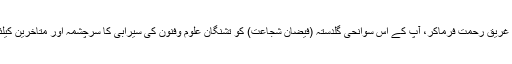
اور حافظ جی رح کو غریق رحمت فرماکر، آپ کے اس سوانحی گلدستہ (فیضانِ شُجاعت) کو تشنگان علوم وفنون کی سیرابی کا سرچشمہ اور متاخرین کیلئے مشعل راہ بنائے ۔